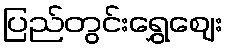
ပြည်တွင်းရွှေဈေး